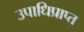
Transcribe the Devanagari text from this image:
उपाधिप्राप्त